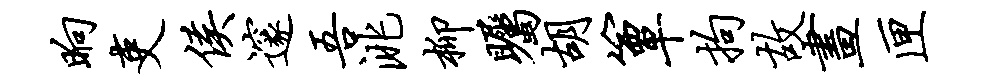
晌吏侯邃吾洮柳瞩胡簟拘故画匣